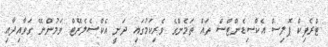
ޓްރެފިކް ޕޮލިސް އެކްސިޑެންޓްސް ތައް ތަމެންގެ ވެރިކަމުގައި ދަނީ އެކްސެލެރޭޓް ވަމުންނޭ ގަވާއިދާއި